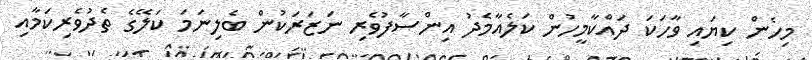
މިހެން ކިޔައި ވާހަކަ ދައްކާމީހުން ކަލެއާމެދު އިންސާފުވެރި ނަޒަރަކުން ބެލިނަމަ ކަލޭގެ ތެދުވެރިކަމާއި